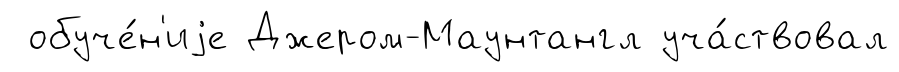
обуче́н'иjе Джером-Маунтангл уча́ствовал